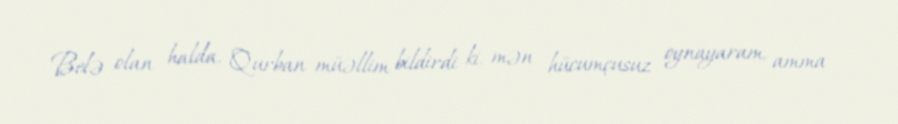
Belə olan halda, Qurban müəllim bildirdi ki, mən hücumçusuz oynayaram, amma